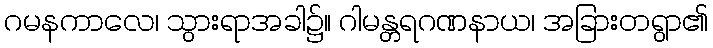
ဂမနကာလေ၊ သွားရာအခါ၌။ ဂါမန္တရဂဏနာယ၊ အခြားတရွာ၏